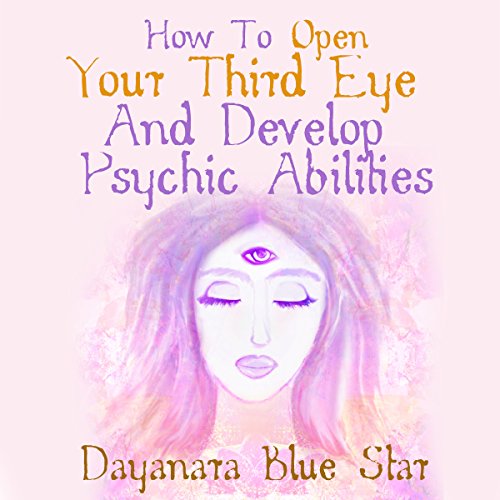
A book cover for How to Open Your Third Eye and Develop Psychic Abilities; Dayanara Blue Star; Religion & Spirituality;